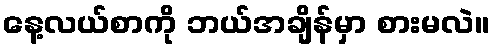
နေ့လယ်စာကို ဘယ်အချိန်မှာ စားမလဲ။